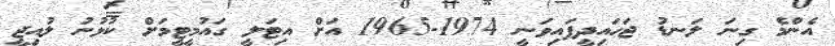
އެންމެ ގިނަ ލަނޑު ޖަހައިދީފައިވަނީ 1974-1965 އަށް އިޓަލީ ގައުމީޓީމަށް ކުޅުނު ލުއިޖީ